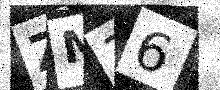
Text: ZM36